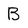
Character: B